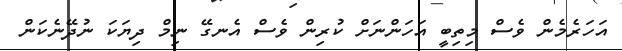
އަހަރެމެން ވެސް މިތިބީ އަހަންނަށް ކުރިން ވެސް އެނގޭ ނިމް ދިޔަކަ ނުދޭނެކަން